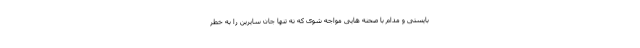
بایستی و مدام با صحنه هایی مواجه شوی که نه تنها جان سایرین را به خطر